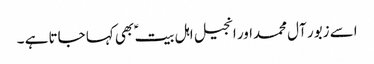
اسے زبور آل محمداور انجیل اہل بیت ؑ بھی کہا جاتا ہے ۔